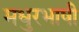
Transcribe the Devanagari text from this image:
मधुरभाषी